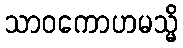
သာဝကောဟမသ္မိ